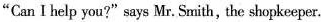
"Can I help you?"says Mr. Smith, the shopkeeper.